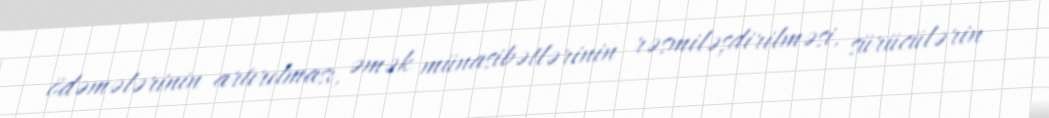
ödəmələrinin artırılması, əmək münasibətlərinin rəsmiləşdirilməsi, sürücülərin